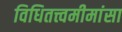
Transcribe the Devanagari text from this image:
विधितत्त्वमीमांसा